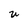
Character: u